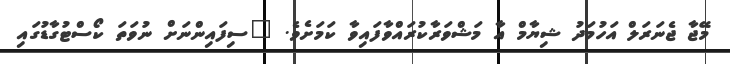
މޭޖާ ޖެނަރަލް އަހުމަދު ޝިޔާމް އާ މަޝްވަރާކުރައްވާފައިވާ ކަމަށެވެ. "ސިފައިންނަށް ނުވަތަ ކޯސްޓުގާޑުގައި